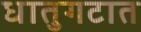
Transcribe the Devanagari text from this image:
धातुगटात